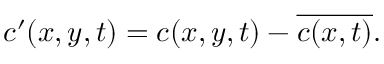
c ^ { \prime } ( x , y , t ) = c ( x , y , t ) - \overline { { c ( x , t ) } } .